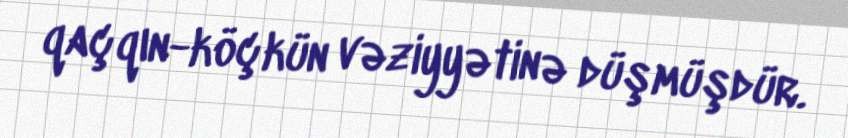
qaçqın-köçkün vəziyyətinə düşmüşdür.